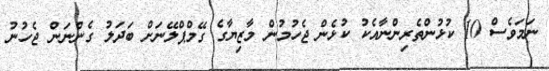
ނަމަވެސް 10 ކުޅުންތެރިންނާއެކު ކުޅެން ޖެހުމުން މާޒިޔާގެ ގޭމްޕްލޭނަށް ބަދަލު ގެންނަން ޖެހުނު